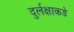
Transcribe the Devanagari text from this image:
दुर्लक्षाकडे